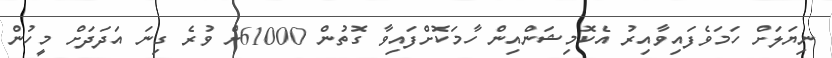
ނިޔަލަށް ހަމަވެފައިވާއިރު އެކޮމިޝަންއިން ހާމަކޮށްފައިވާ ގޮތުން 61000ށް ވުރެ ގިނަ އަދަދަށް މީހުން